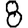
Digit: 8